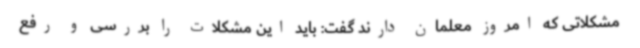
مشکلاتی که امروز معلمان دارند گفت: باید این مشکلات را بررسی و رفع